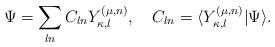
LaTeX: \begin{align*}\Psi = \sum_{ln} C_{ln}Y_{\kappa,l}^{(\mu,n) } ,\quad C_{ln}=\langle Y_{\kappa,l}^{(\mu,n)}|\Psi \rangle. \end{align*}